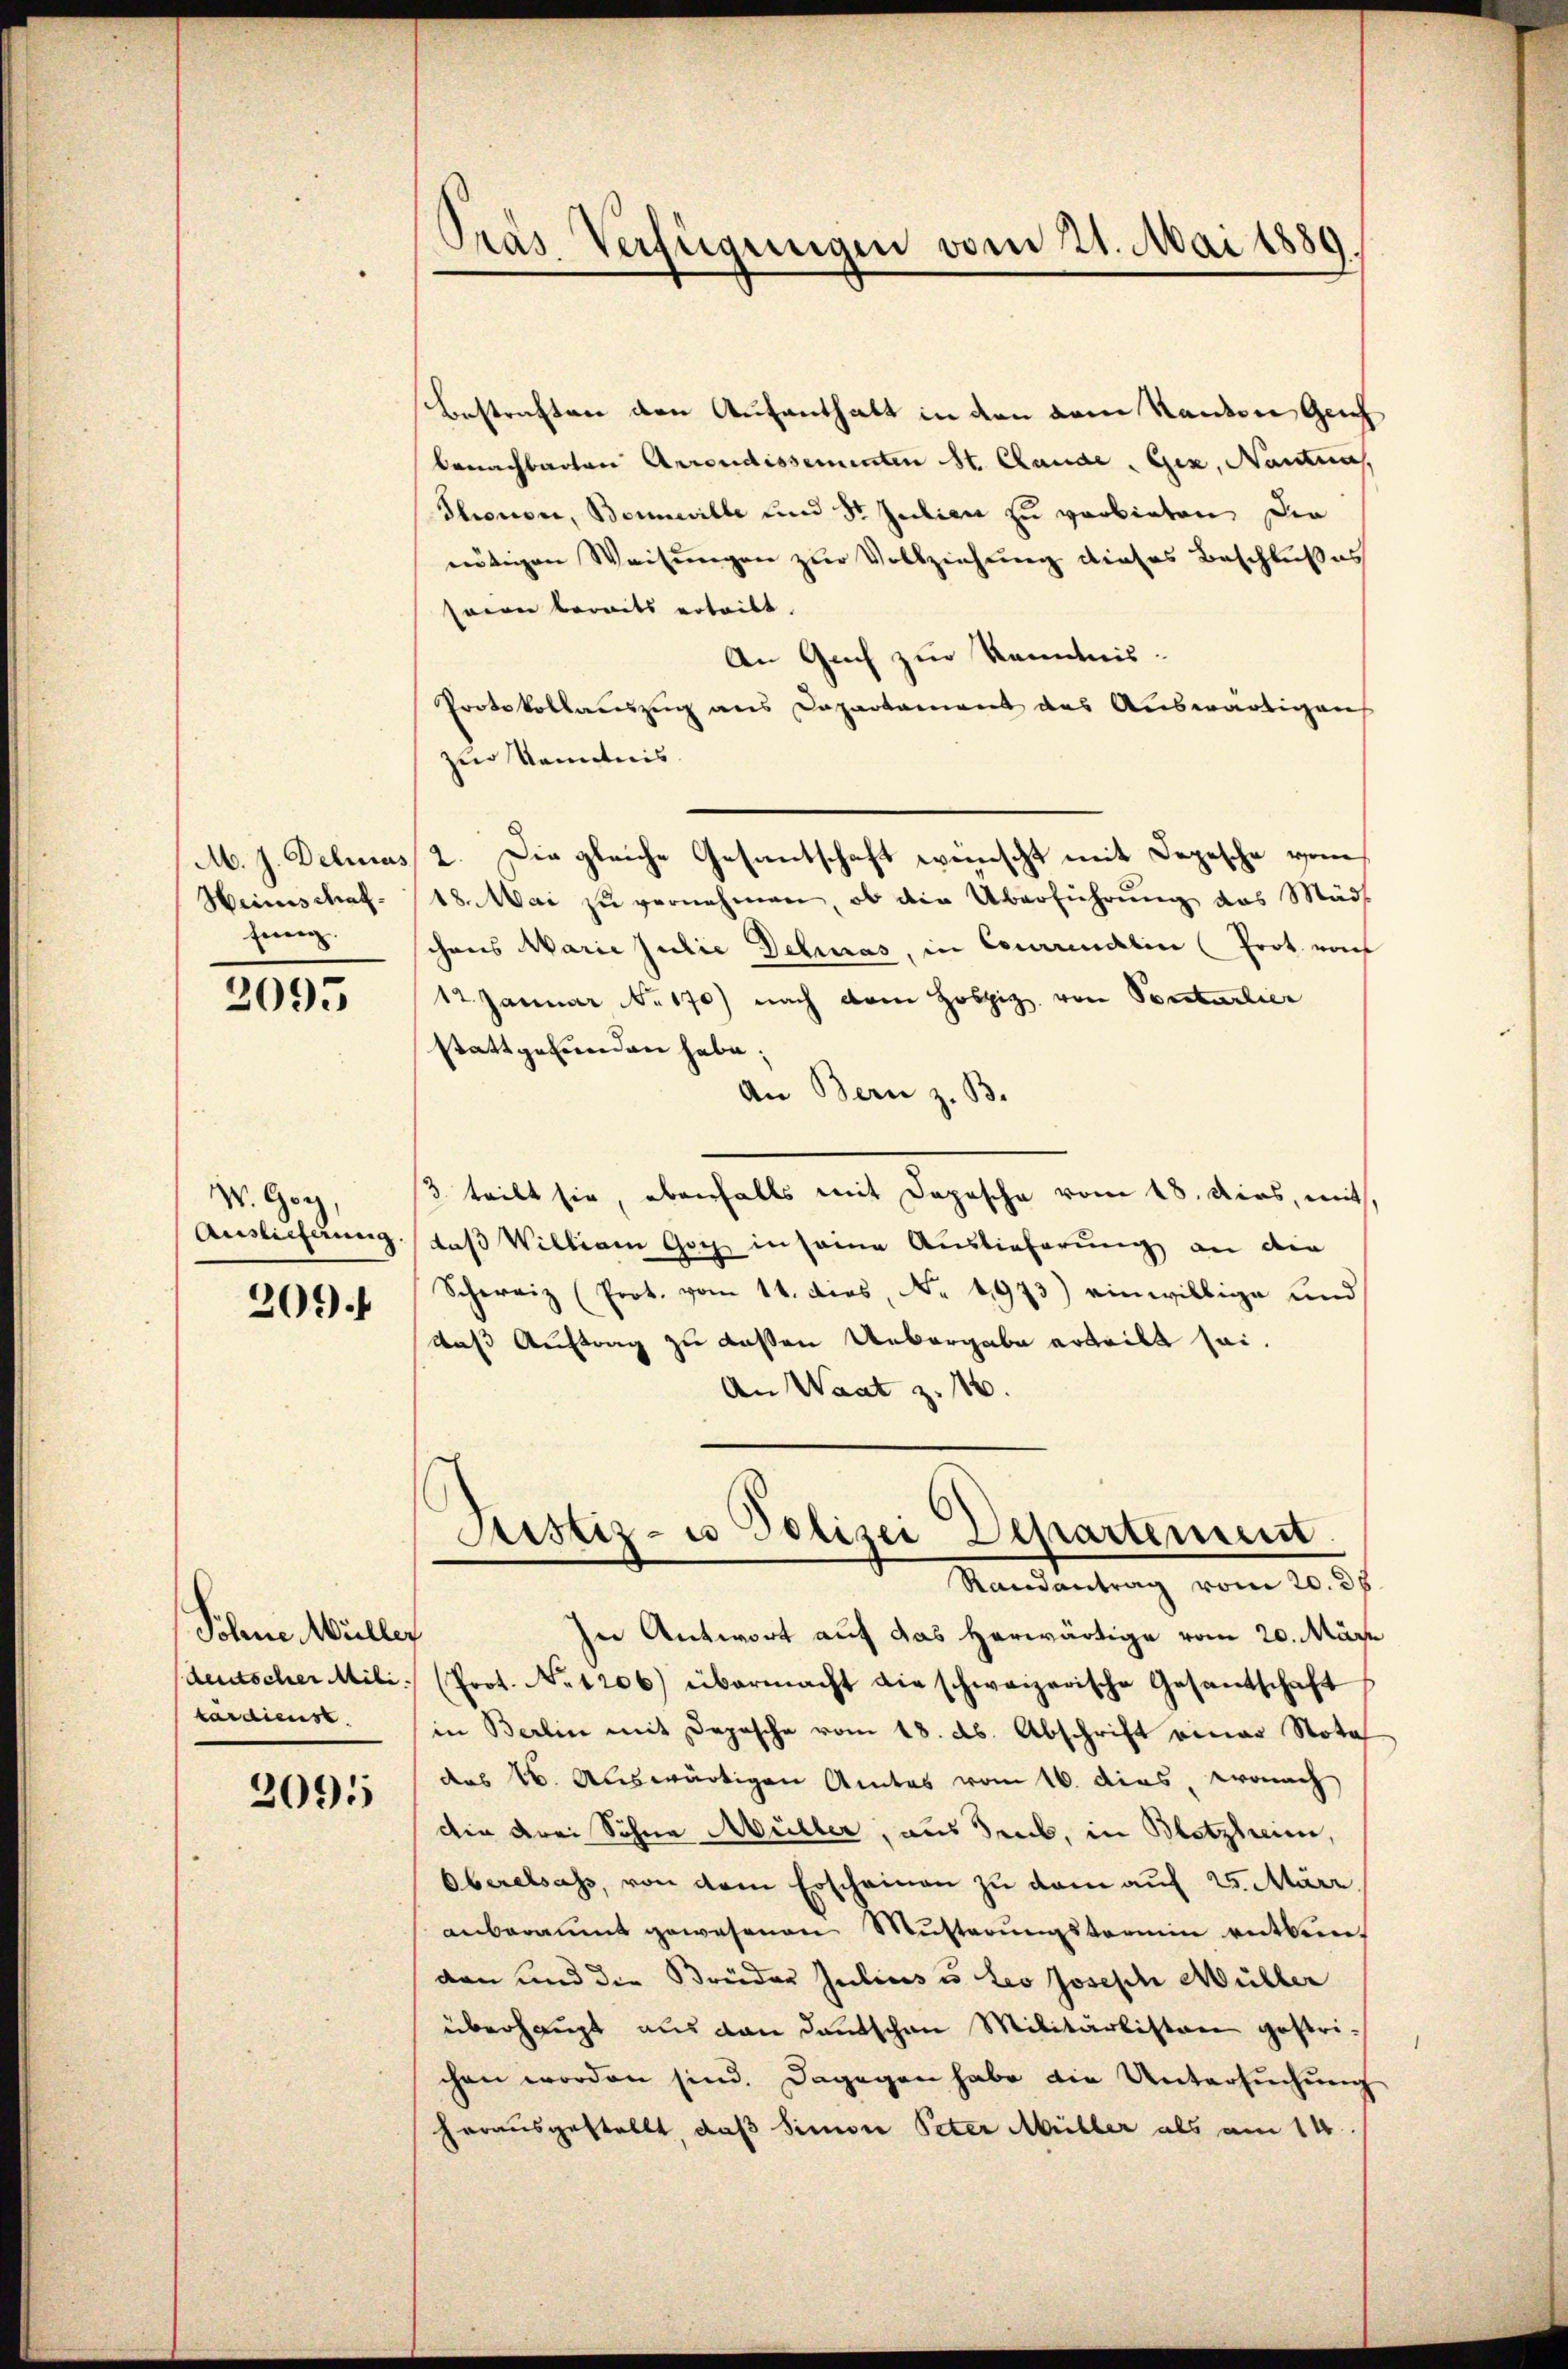
M. J. Delias
Heimischaffung.

2095

W. Go
Auslieferung.
209

Sohne Müller
deutscher Mili
tardienst

2095

Pras Verfügungen vom 21. Mai 1889.

Bestraften den Aufenthalt in den dem Kanton Geich
benachbarten Arrondissementen St. Cande Gex, Nantnah
Thronon, Bonneille und Dr. Julien zu verbieten. Die
nnötigen Weisungen zur Vollziehung dieses Beschlußes
sonnen bereits ertritt.
An Guch zur Kenntnis.
Protokollauszug aus Departament des Auswärtigen
zur Kenntnis
2. Die gleiche Gesantschaft wünscht mit Depesche vom
18. Mai zu vernehmen, ob die Überführung das Mäd
chens Marie Julie Delias, in Cocariatin (Prot. vo
12. Januar No. 170) nach dem Hospiz, von Sonsterlier
stattgefunden habe;
An Bern z. B.
3 teilt sie, ebenfalls mit Depesche vom 18. dies, mit,
daß William Goch in seine Auslieferung an die
Schweiz (Prot. vom 14. dies, No. 1973) einwillige und
das Auftrag zu deßen Uebergabe erteilt sei.
An Waat z. 16.
Justiz- u Polizei Departement.
Randantrag vom 20. 36.
In Antwort auf das herwärtige vom 20. März
(Prot. No 1206) übermacht die schweizerische Gesantschaft
in Berlin mit Depesche vom 18. ds. Abschrift einer Nota
das 16. Auswärtigen Amtes vom 16. dies, wonach
die drei Söhne Müller, aus Seeb, in Betzheim,
Oberalsass, von dem Erscheinen zu dem auf 25 März
anberaŭmt gewesenen Mütterŭngstermin entben-
den und die Brüder Julius u. Leo Joseph Müller
überhaupt aus den Deutschen Militärkisten gestrichen worden sind. Dagegen habe die Untersuchung
herausgestellt, daß Simon Peter Müller als am 14.